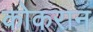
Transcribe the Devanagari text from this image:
कोकरान